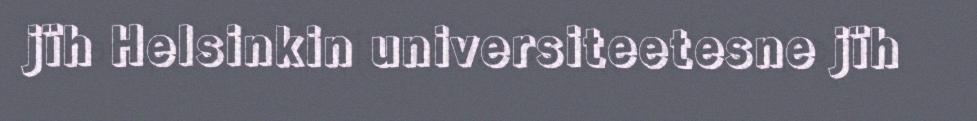
jïh Helsinkin universiteetesne jïh